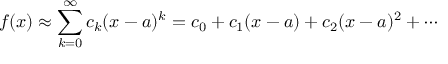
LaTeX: f ( x ) \approx \sum _ { k = 0 } ^ { \infty } c _ { k } ( x - a ) ^ { k } = c _ { 0 } + c _ { 1 } ( x - a ) + c _ { 2 } ( x - a ) ^ { 2 } + \cdots